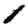
Digit: 1